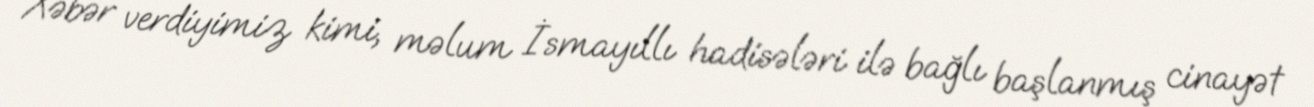
Xəbər verdiyimiz kimi, məlum İsmayıllı hadisələri ilə bağlı başlanmış cinayət